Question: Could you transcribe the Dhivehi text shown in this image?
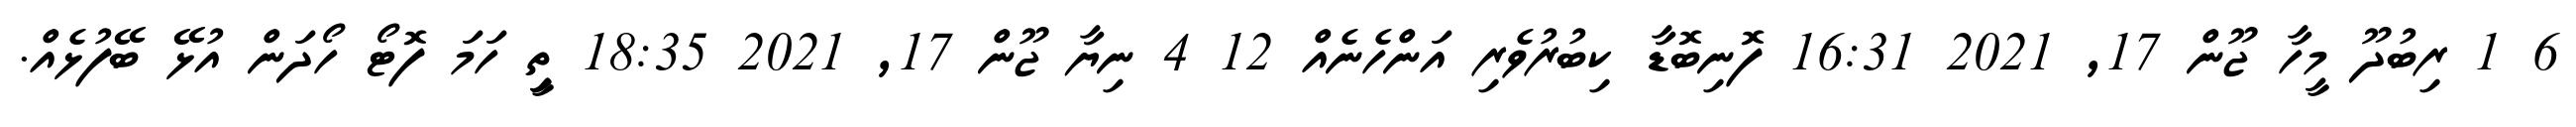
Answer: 6 1 ރިބުދޫ މީހާ ޖޫން 17, 2021 16:31 ފޮނިބޮޑާ ކިބުރުވެރި އަންހެނެއް 12 4 ނިޔާ ޖޫން 17, 2021 18:35 ތިީ ހަމަ ފޮޓޯ ހޯދަން އުޅޭ ބޭފުޅެއް.